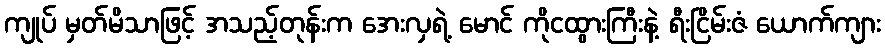
ကျုပ် မှတ်မိသာဖြင့် အသည့်တုန်းက အေးလှရဲ့ မောင် ကိုငထွားကြီးနဲ့ ရီးငြိမ်းဇံ ယောက်ကျား